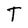
Character: T